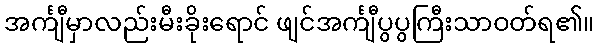
အင်္ကျီမှာလည်းမီးခိုးရောင် ဖျင်အင်္ကျီပွပွကြီးသာဝတ်ရ၏။